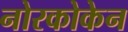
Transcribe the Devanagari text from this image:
नोरकोकेन